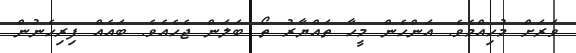
ވަރަށް މުހިއްމެވެ. އަންހެން މީހާ ތައްޔާރު ތޯ ބަލަން ޖެހެއެވެ. ބައެއް ފިރިހެނުން